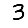
Digit: 3